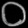
Digit: ၀